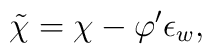
\tilde{\chi}= \chi - \varphi' \epsilon_{w},